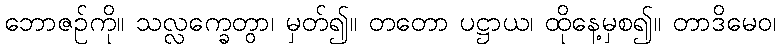
ဘောဇဉ်ကို။ သလ္လက္ခေတွာ၊ မှတ်၍။ တတော ပဋ္ဌာယ၊ ထိုနေ့မှစ၍။ တာဒိမေဝ၊